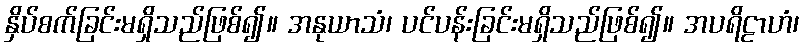
နှိပ်စက်ခြင်းမရှိသည်ဖြစ်၍။ အနုယာသံ၊ ပင်ပန်းခြင်းမရှိသည်ဖြစ်၍။ အပရိဠာဟံ၊